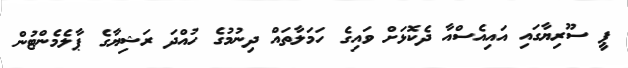
ޕީ ސޫރިޔާގައި އައިއެސްއާ ދެކޮޅަށް ވައިގެ ހަމަލާތައް ދިނުމުގެ ހުއްދަ ރަޝިޔާގެ ޕާލެމެންޓުން